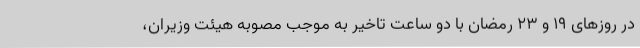
در روزهای ۱۹ و ۲۳ رمضان با دو ساعت تاخیر به موجب مصوبه هیئت وزیران،